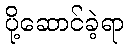
ပို့ဆောင်ခဲ့ရာ